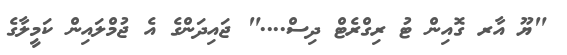
"ޔޫ އާރ ގޮއިން ޓު ރިގްރެޓް ދިސް...." ޖައިދަންގެ އެ ޖުމްލައިން ކަމީލާގެ